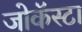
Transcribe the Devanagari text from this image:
जोकॅस्टा